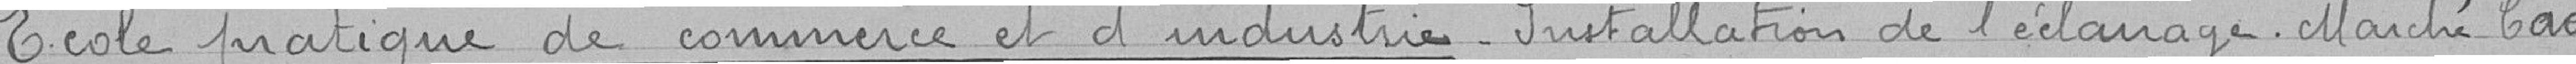
Ecole pratique de commerce et d'industrie_ Installation de l'éclairage . Marché Cadell